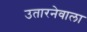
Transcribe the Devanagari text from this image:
उतारनेवाला